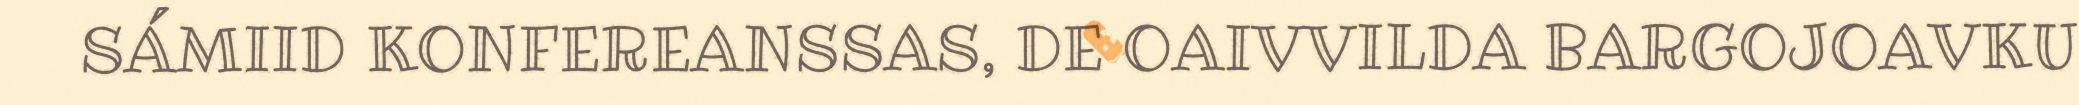
SÁMIID KONFEREANSSAS, DE OAIVVILDA BARGOJOAVKU